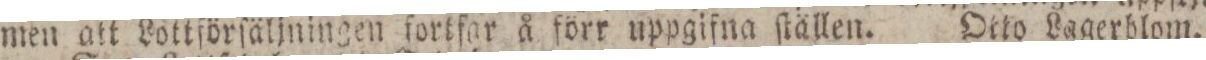
men att Lottförſäljningen fortfar å förr uppgifna ſtällen.    Otto Lagerblom.